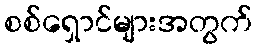
စစ်ရှောင်များအတွက်